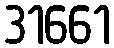
31661